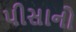
પીસાનો